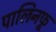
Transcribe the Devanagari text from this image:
पालिनफू